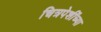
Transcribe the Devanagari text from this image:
चित्रपेशींच्या